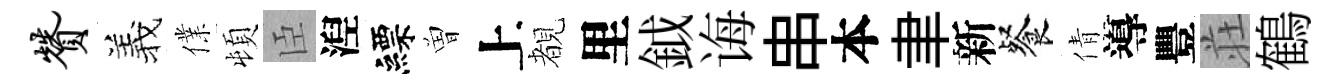
赞羲㒒頓臣湼縹曽上覩里鉞诲串本聿新餐倩導豐荘鶴